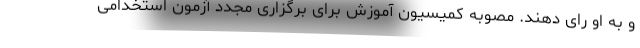
و به او رای دهند. مصوبه کمیسیون آموزش برای برگزاری مجدد آزمون استخدامی